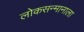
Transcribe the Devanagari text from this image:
लोकसन्मानाला